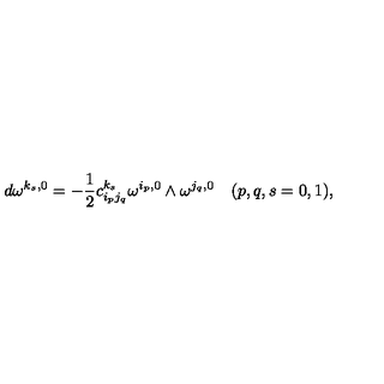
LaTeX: d \omega ^ { k _ { s } , 0 } = - \frac { 1 } { 2 } c _ { i _ { p } j _ { q } } ^ { k _ { s } } \omega ^ { i _ { p } , 0 } \wedge \omega ^ { j _ { q } , 0 } \quad ( p , q , s = 0 , 1 ) ,